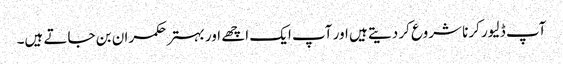
آپ ڈلیور کرنا شروع کر دیتے ہیں اور آپ ایک اچھے اور بہتر حکمران بن جاتے ہیں۔